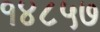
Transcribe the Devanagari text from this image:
१४८५७